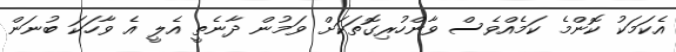
އެކަމަކު ކޮންމެ ކަމެއްވެސް ވާންހުރިގޮތަކަށް ވަމުން ދާނެތީ އެލީ އެ ވާހަކަ ބުނަން